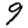
Digit: 9